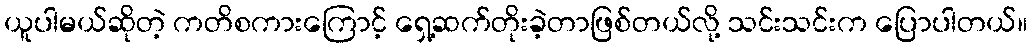
ယူပါမယ်ဆိုတဲ့ ကတိစကားကြောင့် ရှေ့ဆက်တိုးခဲ့တာဖြစ်တယ်လို့ သင်းသင်းက ပြောပါတယ်။